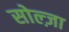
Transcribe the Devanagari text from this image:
सोल्ज़ा